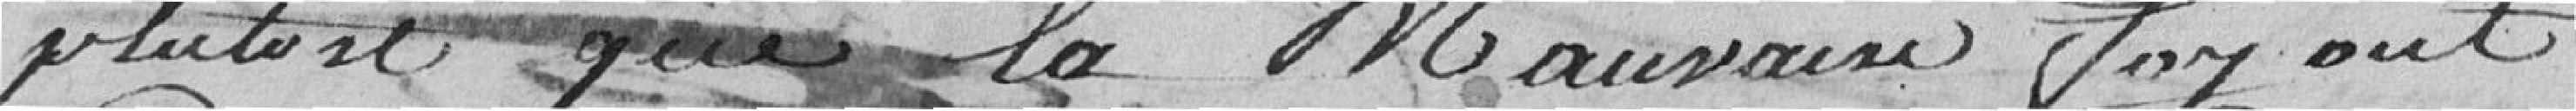
plutôt que la mauvaise foi ait